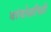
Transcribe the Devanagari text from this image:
बांबोळीची